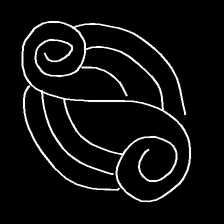
Glyph: wind-underfoot